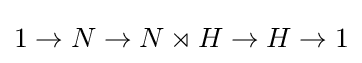
1\to N\to N\rtimes H\to H\to 1